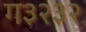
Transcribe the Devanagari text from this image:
ग३२३२